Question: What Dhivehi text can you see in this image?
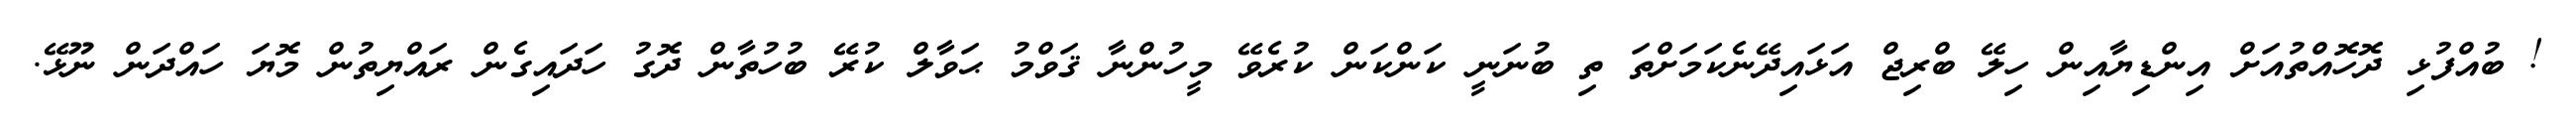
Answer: ! ބުއްފުޅި ދޮހޮއްތުއަށް އިންޑިޔާއިން ހިލޭ ބްރިޖް އަޅައިދޭނެކަމަށްތަ ތި ބުނަނީ ކަންކަން ކުރެވޭ މީހުންނާ ޤަވްމު ޙަވާލް ކުރޭ ބުހުތާން ދޮގު ހަދައިގެން ރައްޔިތުން މޮޔަ ހައްދަން ނޫޅޭ.